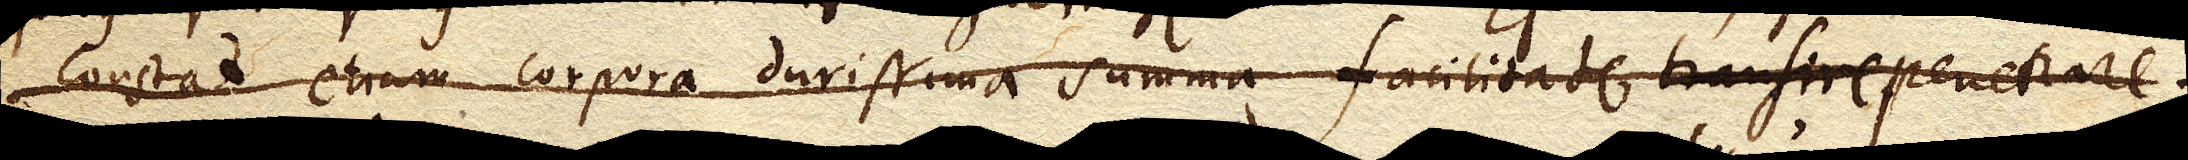
constat etiam corpora durissima summa facilitate transire penetrare.